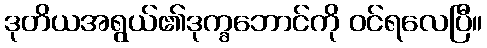
ဒုတိယအရွယ်၏ဒုက္ခဘောင်ကို ဝင်ရလေပြီ။